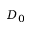
D _ { 0 }